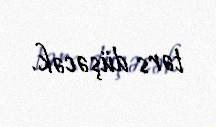
tərs düşəcək.